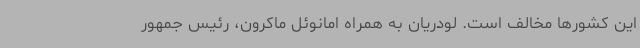
این کشورها مخالف است. لودریان به همراه امانوئل ماکرون، رئیس جمهور